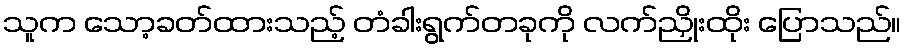
သူက သော့ခတ်ထားသည့် တံခါးရွက်တခုကို လက်ညှိုးထိုး ပြောသည်။